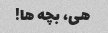
هی، بچه ها!